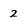
Character: 2